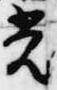
光